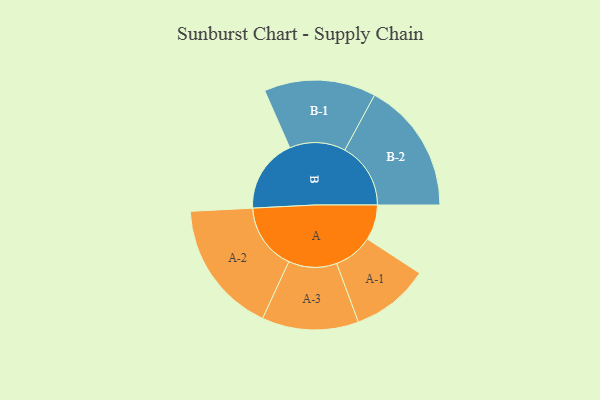
{"axis": {"x": "Segment", "y": "Value"}, "legend": ["", "A", "B"], "data": [{"x": "A", "y": 131, "type": ""}, {"x": "B", "y": 274, "type": ""}, {"x": "A-1", "y": 145, "type": "A"}, {"x": "A-2", "y": 247, "type": "A"}, {"x": "A-3", "y": 179, "type": "A"}, {"x": "B-1", "y": 207, "type": "B"}, {"x": "B-2", "y": 244, "type": "B"}]}